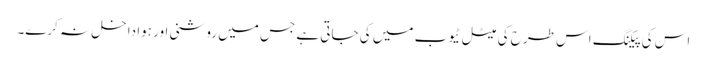
اس کی پیکنگ اس طرح کی میٹل ٹیوب میں کی جاتی ہے جس میں روشنی اور ہوا داخل نہ کرے۔